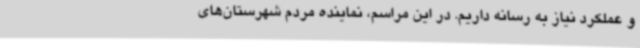
و عملکرد نیاز به رسانه داریم. در این مراسم، نماینده مردم شهرستان‌های